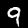
Label: 9